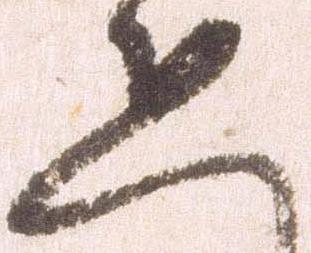
恐